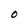
Character: O